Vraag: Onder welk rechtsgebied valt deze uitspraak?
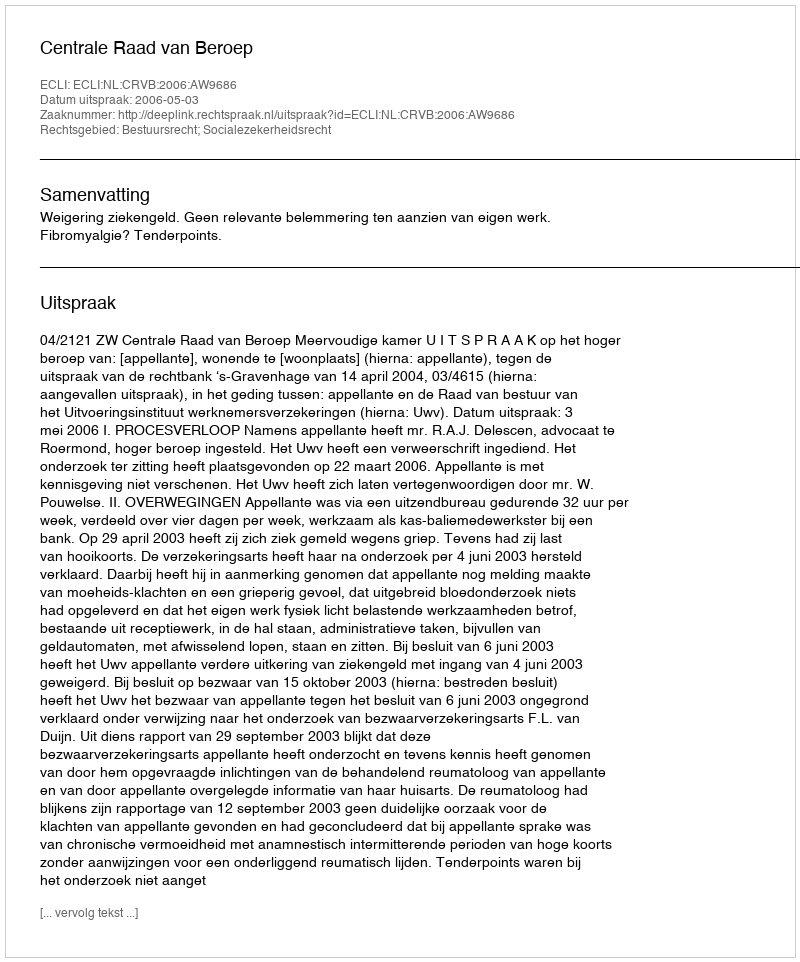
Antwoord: Bestuursrecht; Socialezekerheidsrecht